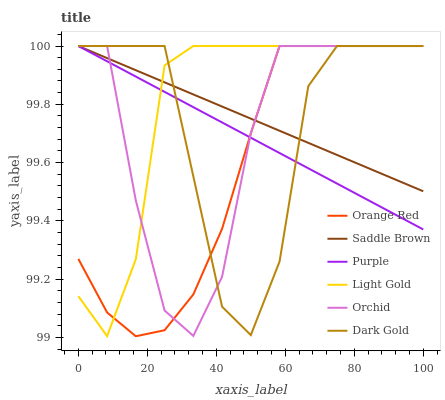
| xaxis_label | Orange Red | Saddle Brown | Purple | Light Gold | Orchid | Dark Gold |
 | --- | --- | --- | --- | --- | --- | --- |
 | 0 | 99.3 | 100 | 100 | 99.1 | 100 | 100 |
 | 8.33 | 99.1 | 100 | 99.9 | 99 | 100 | 100 |
 | 16.7 | 99 | 99.9 | 99.9 | 99.3 | 99.5 | 100 |
 | 25 | 99 | 99.9 | 99.8 | 99.9 | 99.1 | 100 |
 | 33.3 | 99.1 | 99.8 | 99.8 | 100 | 99 | 99.6 |
 | 41.7 | 99.4 | 99.8 | 99.7 | 100 | 99.2 | 99.1 |
 | 50 | 99.7 | 99.8 | 99.7 | 100 | 99.7 | 99 |
 | 58.3 | 100 | 99.7 | 99.6 | 100 | 100 | 99.3 |
 | 66.7 | 100 | 99.7 | 99.6 | 100 | 100 | 99.9 |
 | 75 | 100 | 99.6 | 99.5 | 100 | 100 | 100 |
 | 83.3 | 100 | 99.6 | 99.5 | 100 | 100 | 100 |
 | 91.7 | 100 | 99.5 | 99.4 | 100 | 100 | 100 |
 | 100 | 100 | 99.5 | 99.4 | 100 | 100 | 100 |